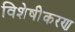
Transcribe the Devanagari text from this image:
विशेषीेकरण